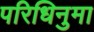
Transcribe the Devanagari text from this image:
परिधिनुमा